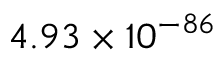
4 . 9 3 \times 1 0 ^ { - 8 6 }